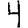
Digit: 4